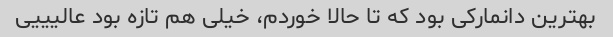
بهترین دانمارکی بود که تا حالا خوردم، خیلی هم تازه بود عالیییی